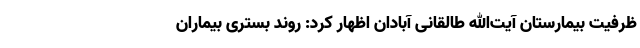
ظرفیت بیمارستان آیت‌الله طالقانی آبادان اظهار کرد: روند بستری بیماران